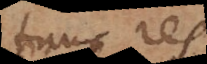
tunc res